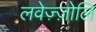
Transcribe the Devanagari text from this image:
लवेज़्ज़ोलि